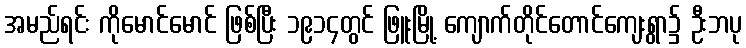
အမည်ရင်း ကိုမောင်မောင် ဖြစ်ပြီး ၁၉၁၄တွင် ဖြူးမြို့ ကျောက်တိုင်တောင်ကျေးရွာ၌ ဦးဘပု